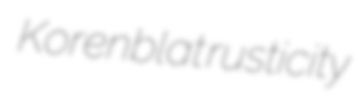
Korenblat rusticity